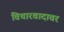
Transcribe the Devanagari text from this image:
विचारवादावर